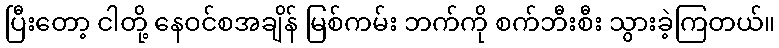
ပြီးတော့ ငါတို့ နေဝင်စအချိန် မြစ်ကမ်း ဘက်ကို စက်ဘီးစီး သွားခဲ့ကြတယ်။